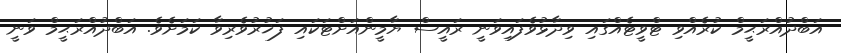
އަބްދުއްރަޙީމް ކުރެއްވި ޓްވީޓެއްގައި ވިދާޅުވެފައިވަނީ ރައީސް ޔާމީންއަށްޓަކައި ފަޚުރުވެރިވާ ކަމަށެވެ. އަބްދުއްރަޙީމް ވަނީ